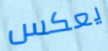
يعكس